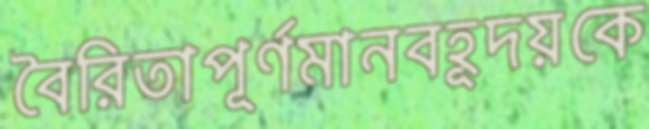
বৈরিতাপূর্ণমানবহূদয়কে